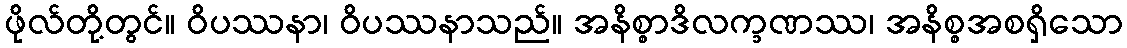
ဖိုလ်တို့တွင်။ ဝိပဿနာ၊ ဝိပဿနာသည်။ အနိစ္စာဒိလက္ခဏဿ၊ အနိစ္စအစရှိသော